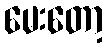
မေးတော့